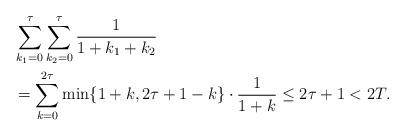
LaTeX: \begin{align*}& \sum_{k_1 = 0}^{\tau} \sum_{k_2 = 0}^{\tau} \frac{1}{1+k_1+k_2} \\ &= \sum_{k = 0}^{2\tau} \min\{1+k, 2\tau+1-k\} \cdot \frac{1}{1+k} \le 2\tau+1 < 2T.\end{align*}